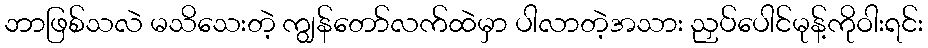
ဘာဖြစ်သလဲ မသိသေးတဲ့ ကျွန်တော်လက်ထဲမှာ ပါလာတဲ့အသား ညှပ်ပေါင်မုန့်ကိုဝါးရင်း